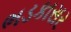
ભડકાસર